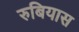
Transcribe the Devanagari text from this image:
रुबियास